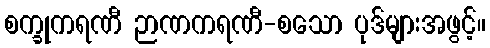
စက္ခုကရဏီ ဉာဏကရဏီ-စသော ပုဒ်များအဖွင့်။